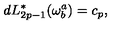
d L _ { 2 p - 1 } ^ { * } ( \omega _ { b } ^ { a } ) = c _ { p } ,